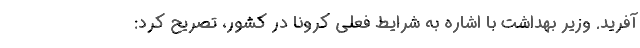
آفرید. وزیر بهداشت با اشاره به شرایط فعلی کرونا در کشور، تصریح کرد: